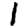
Digit: 1